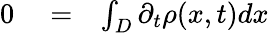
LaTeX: \begin{array}{rlr}{0}&{{}=}&{\int_{D}\partial_{t}\rho(x,t)dx}\end{array}